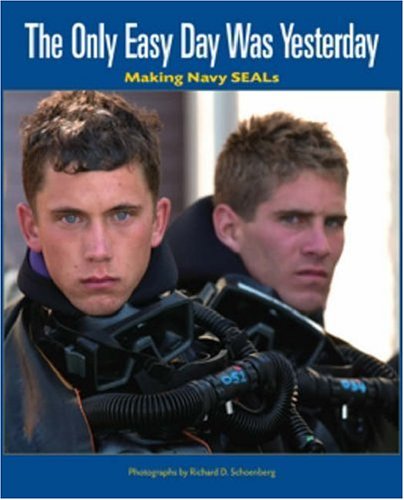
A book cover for The Only Easy Day Was Yesterday: Making Navy SEALs; Richard D. Schoenberg; Engineering & Transportation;